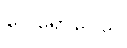
ဝေါရောပေသိ